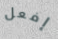
إفعل